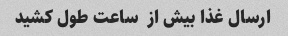
ارسال غذا بیش از  ساعت طول کشید